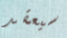
سيعقد